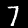
Digit: 7